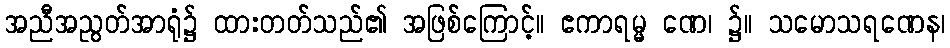
အညီအညွတ်အာရုံ၌ ထားတတ်သည်၏ အဖြစ်ကြောင့်။ ဧကာရမ္မ ဏေ၊ ၌။ သမောသရဏေန၊